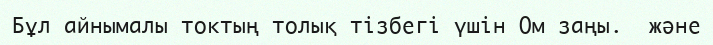
Бұл айнымалы токтың толық тізбегі үшін Ом заңы.  және